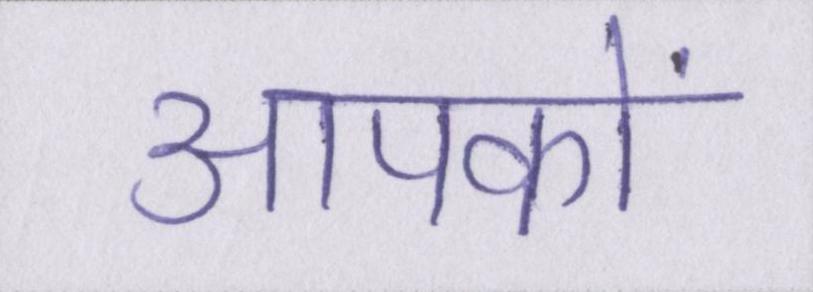
आपकों